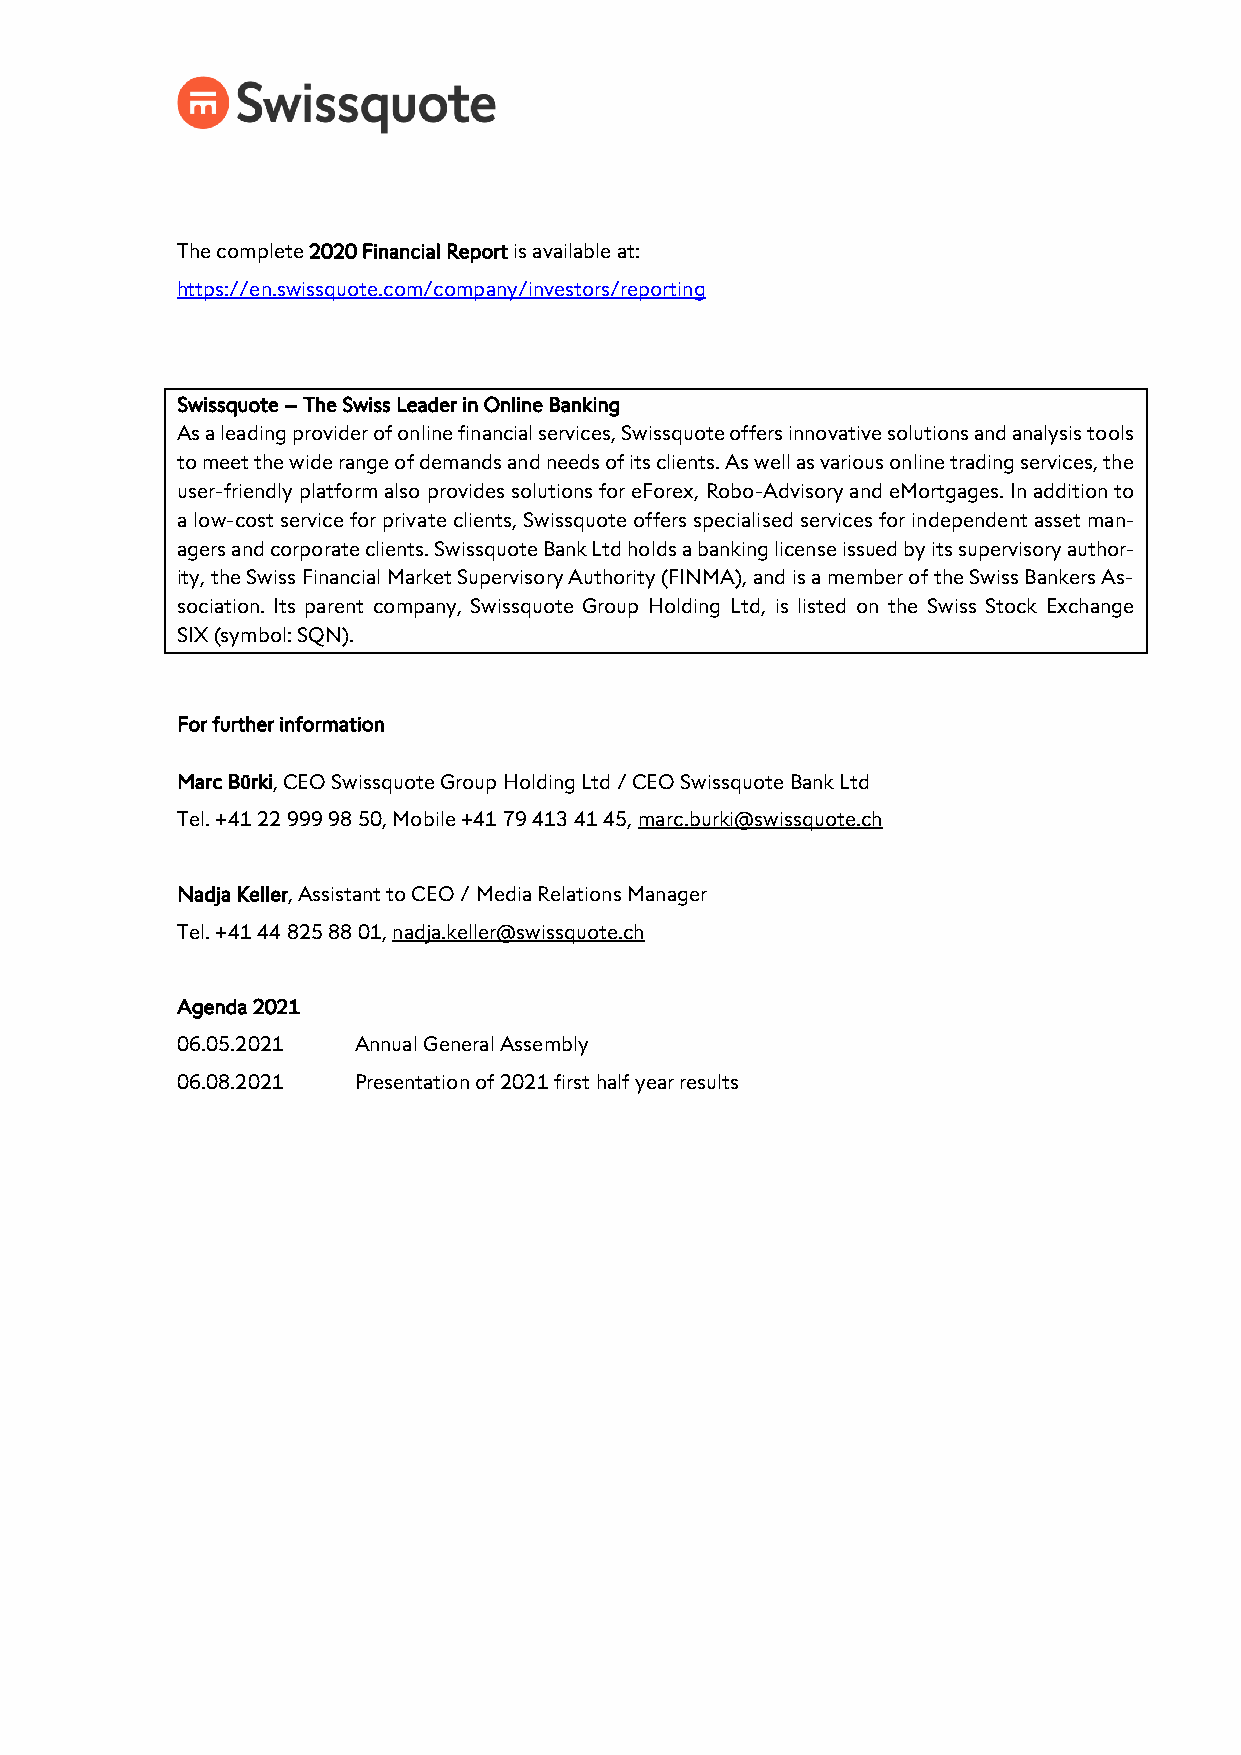
The complete 2020 Financial Report is available at:
 https://en.swissquote.com/company/investors/reporting
 Swissquote – The Swiss Leader in Online Banking
 As a leading provider of online financial services, Swissquote offers innovative solutions and analysis tools
 to meet the wide range of demands and needs of its clients. As well as various online trading services, the
 user-friendly platform also provides solutions for eForex, Robo-Advisory and eMortgages. In addition to
 a low-cost service for private clients, Swissquote offers specialised services for independent asset man-
 agers and corporate clients. Swissquote Bank Ltd holds a banking license issued by its supervisory author-
 ity, the Swiss Financial Market Supervisory Authority (FINMA), and is a member of the Swiss Bankers As-
 sociation. Its parent company, Swissquote Group Holding Ltd, is listed on the Swiss Stock Exchange
 SIX (symbol: SQN).
 For further information
 Marc Bürki, CEO Swissquote Group Holding Ltd / CEO Swissquote Bank Ltd
 Tel. +41 22 999 98 50, Mobile +41 79 413 41 45, marc.burki@swissquote.ch
 Nadja Keller, Assistant to CEO / Media Relations Manager
 Tel. +41 44 825 88 01, nadja.keller@swissquote.ch
 Agenda 2021
 06.05.2021 Annual General Assembly
 06.08.2021 Presentation of 2021 first half year results